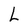
Character: L